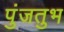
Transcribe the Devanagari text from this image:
पुंजतुभ